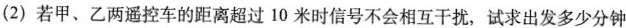
(2)若甲、乙两遥控车的距离超过10米时信号不会相互干扰，试求出发多少分钟